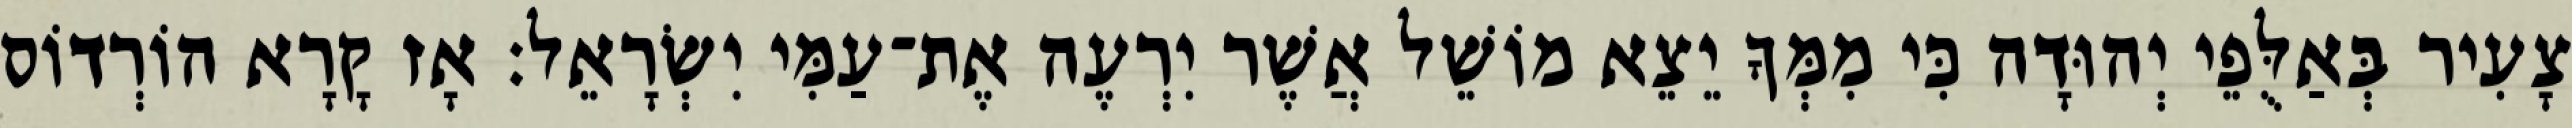
צָעִיר בְּאַלֻּפֵי יְהוּדָה כִּי מִמְּךָ יֵצֵא מוֹשֵׁל אֲשֶׁר יִרְעֶה אֶת־עַמִּי יִשְׂרָאֵל׃ אָז קָרָא הוֹרְדוֹס